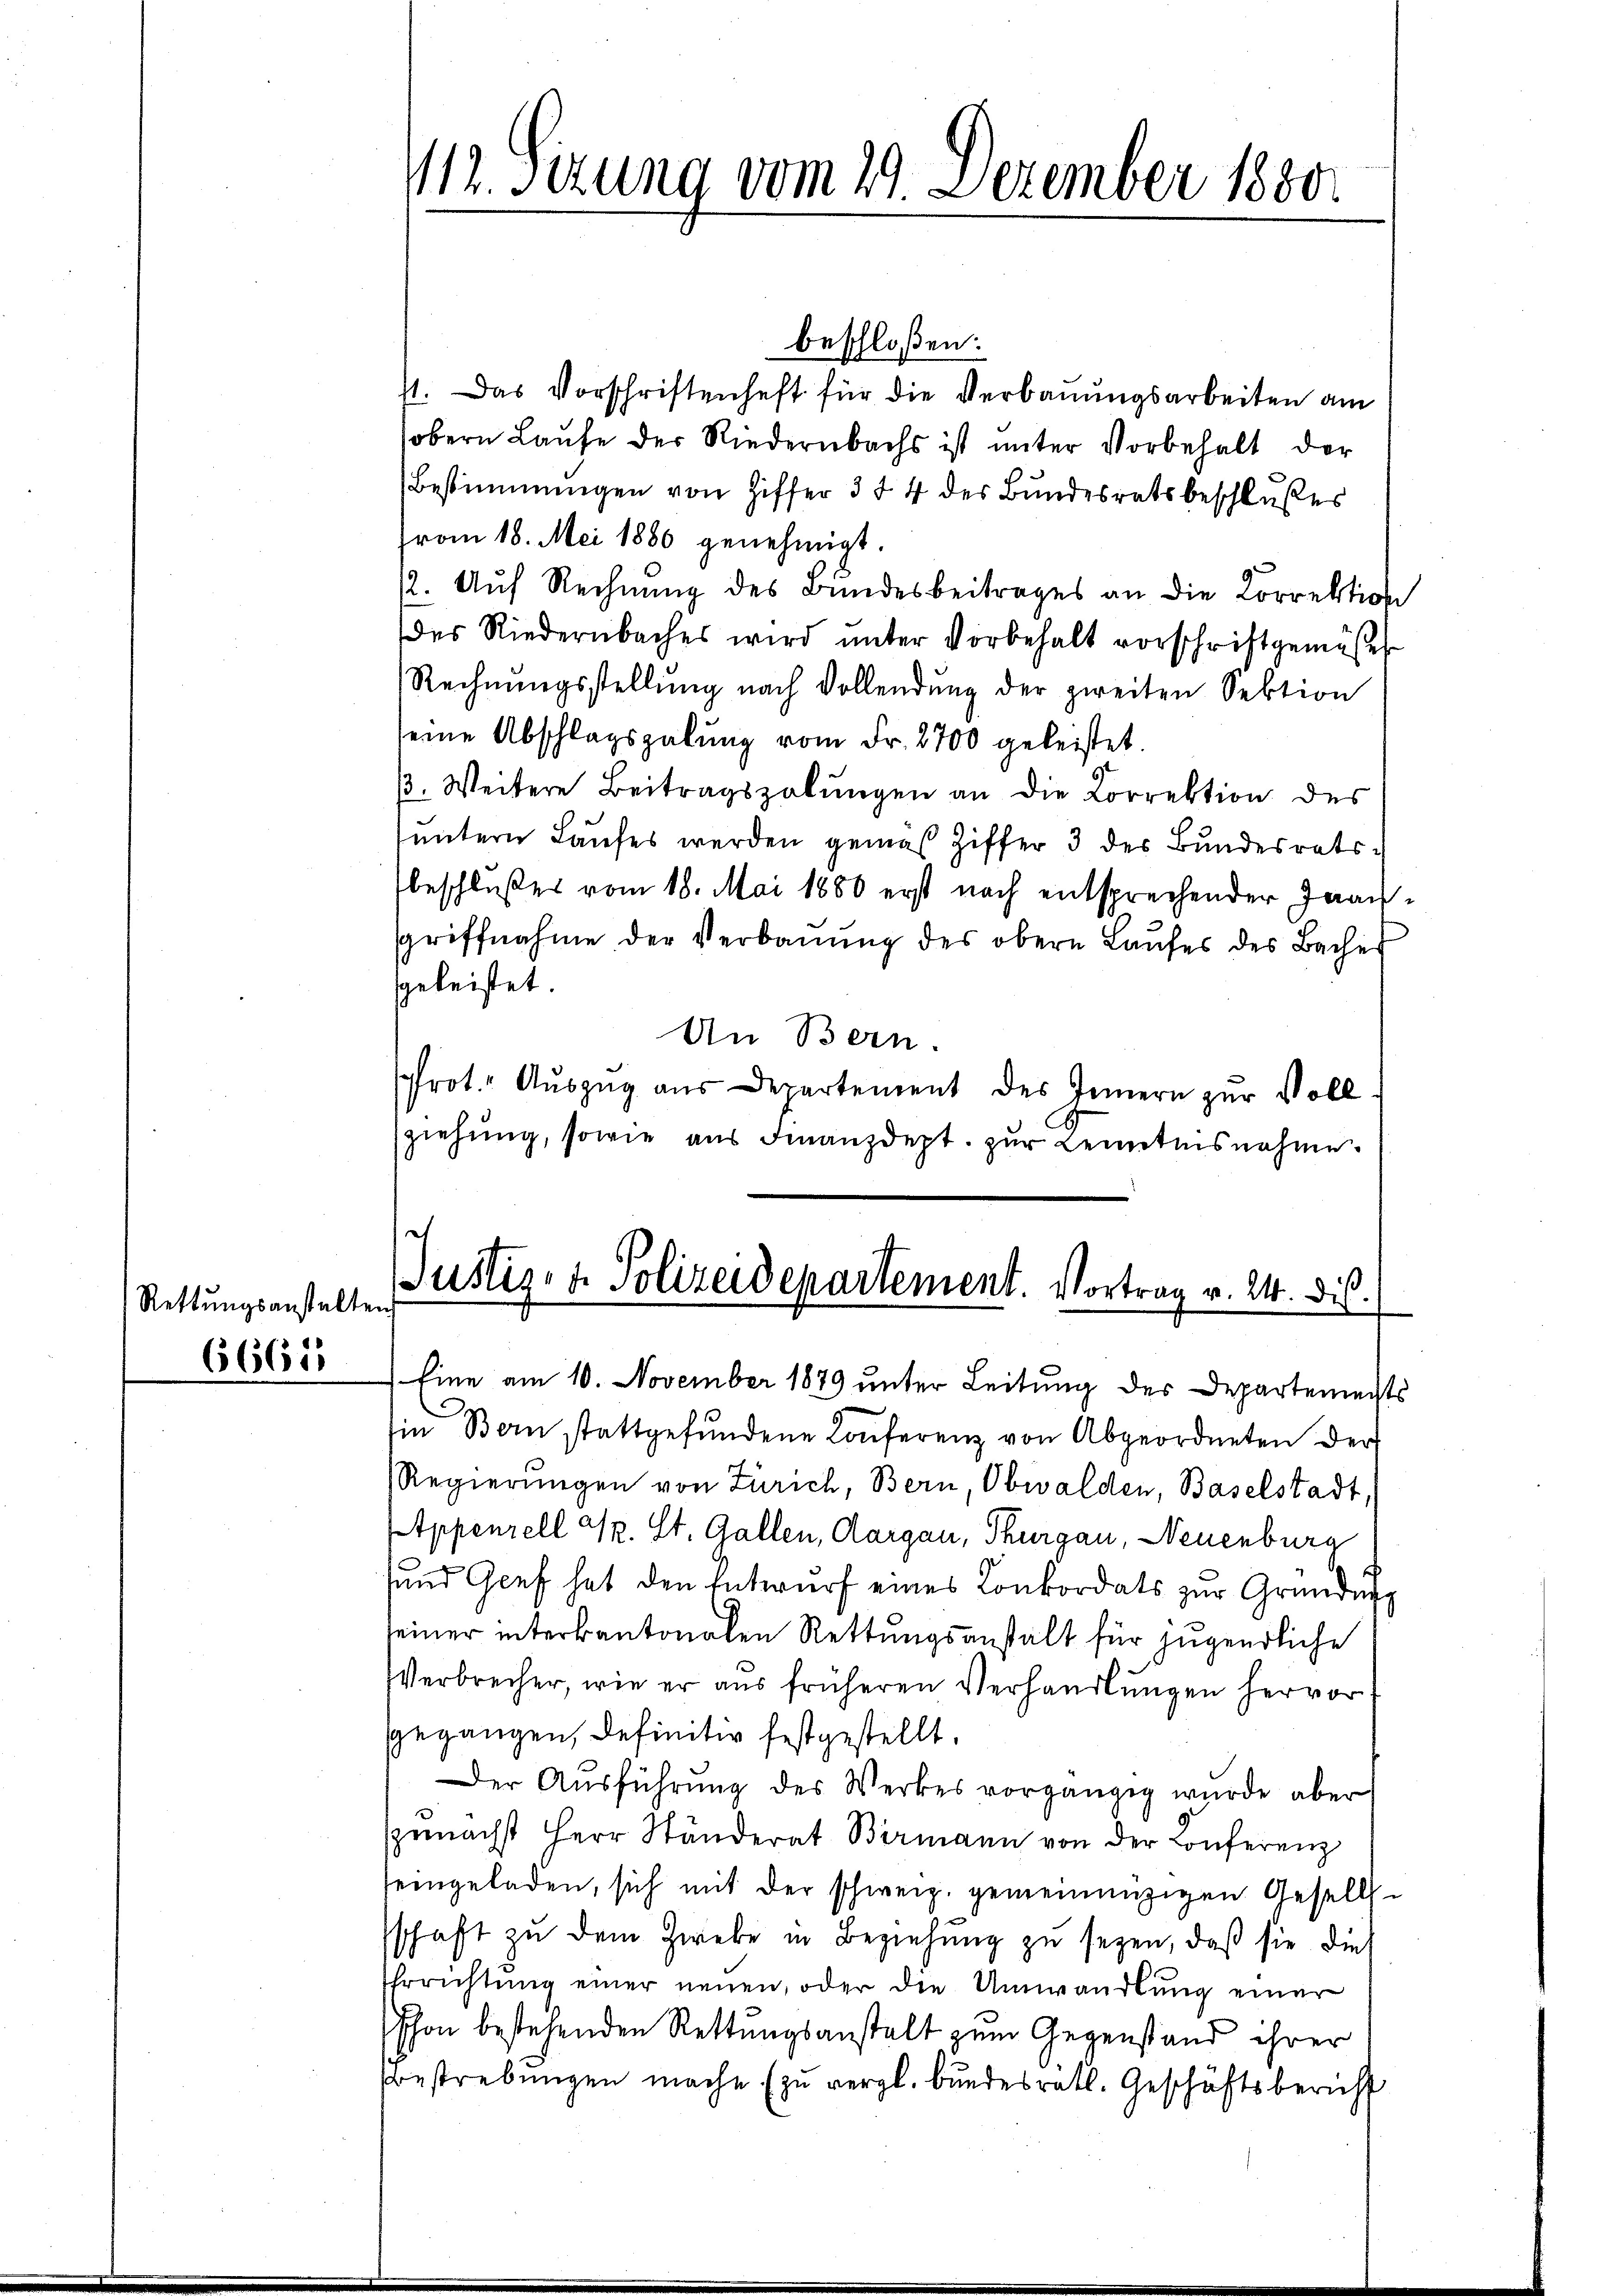
Rettungsanstalten
66611

112. Setzung vom 24. Dezember 1880

beschloßen:
71. Das Vorschriftenheft für die Verbauungsarbeiten am
obern Laufe der Niedernbachs ist unter Vorbehalt der
Bestimmungen von Ziffer 3 f 4 des Bundesratsbeschlußes
rom 18. Mai 1880 genehmigt.
12. Auf Rechnung des Bundesbeitrages an die Korrektion
des Riedernbaches wird unter Vorbehalt vorschriftgemäße
Rechnŭngsstellŭng nach Vollendŭng der zweiten Sektion
eine Abschlagsgabŭng vom Fr. 2700 geleistet.
β. Weitere Beitragszolŭngen an die Correktion des
untern Laufes werden gemäß Ziffer 3 des Bundesratsbeschlußes vom 18. Mai 1880 erst noch entsprechender Frangriffnahme der Verbaŭŭng des obern Laŭfes des Bache
geleistet.
An Bern.
Prot. Auszug aus Departement des Innern zur Vollziehung, sowie aus Finanzdept. zur Kenntnisnahme.

Justiz- & Polizeidepartement. Vortrag v. 24. dis

Eine am 10. November 1879 unter Leitung des Departemechts
Ein Bern stattgefŭndene Conferenz von Abgeordneten der
Regierungen von Zürich, Bern, Obwalden, Baselstadt,
ppenzell Sr. St. Gallen, Aargau, Thurgau, Neuenburg
sund Genf hat den Entwurf eines Konkordats zur Gründung
seiner interkantonalen Rettungsanstalt für jugendliche
Verbrecher, wie er aus früheren Verhandlungen hervor
gegangen, definitiv festgestellt.
Der Aŭsführŭng des Werkes vorgängig wurde aber
zunächst Herr Ständerat Bermann von der Conferenz
seingeladen, sich mit der schweiz. gemeinenzigen Gesell-
sschaft zŭ dem Zwebe in Beziehŭng zŭ seyen, daß sie die
Ehrrichtŭng einer neuen, oder die Umwandlŭng einer
schon bestehenden Rettungsanstalt zum Gegenstand ihrer
bestrebungen mache (zu vergl. bundesrätl. Geschäftsbericht